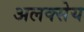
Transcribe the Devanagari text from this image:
अलक्सेय